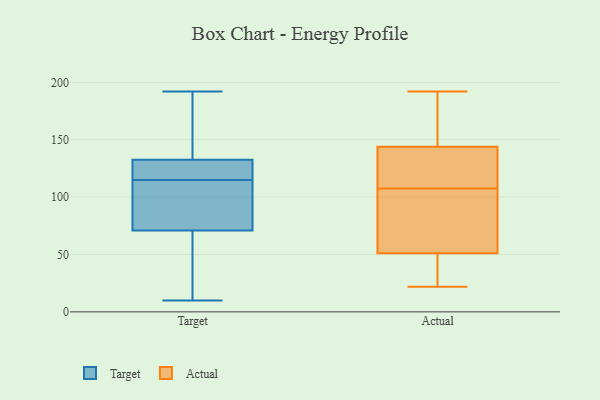
{"axis": {"x": "Waste Production (Tons)", "y": "Value"}, "legend": ["Actual", "Target"], "data": [{"x": "", "y": 106, "type": "Target"}, {"x": "", "y": 175, "type": "Target"}, {"x": "", "y": 126, "type": "Target"}, {"x": "", "y": 18, "type": "Target"}, {"x": "", "y": 10, "type": "Target"}, {"x": "", "y": 117, "type": "Target"}, {"x": "", "y": 23, "type": "Target"}, {"x": "", "y": 192, "type": "Target"}, {"x": "", "y": 115, "type": "Target"}, {"x": "", "y": 122, "type": "Target"}, {"x": "", "y": 152, "type": "Target"}, {"x": "", "y": 87, "type": "Target"}, {"x": "", "y": 94, "type": "Target"}, {"x": "", "y": 134, "type": "Actual"}, {"x": "", "y": 91, "type": "Actual"}, {"x": "", "y": 22, "type": "Actual"}, {"x": "", "y": 170, "type": "Actual"}, {"x": "", "y": 99, "type": "Actual"}, {"x": "", "y": 144, "type": "Actual"}, {"x": "", "y": 116, "type": "Actual"}, {"x": "", "y": 22, "type": "Actual"}, {"x": "", "y": 192, "type": "Actual"}, {"x": "", "y": 51, "type": "Actual"}]}